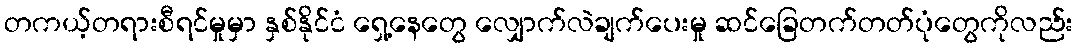
တကယ့်တရားစီရင်မှုမှာ နှစ်နိုင်ငံ ရှေ့နေတွေ လျှောက်လဲချက်ပေးမှု ဆင်ခြေတက်တတ်ပုံတွေကိုလည်း